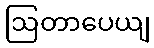
ဩတာပေယျ